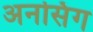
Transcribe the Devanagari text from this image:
अनसिंग